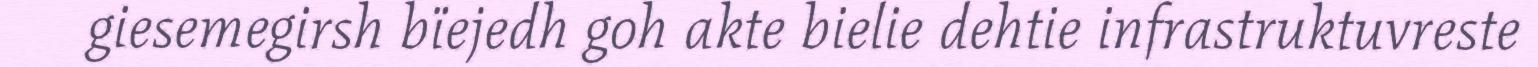
giesemegirsh bïejedh goh akte bielie dehtie infrastruktuvreste